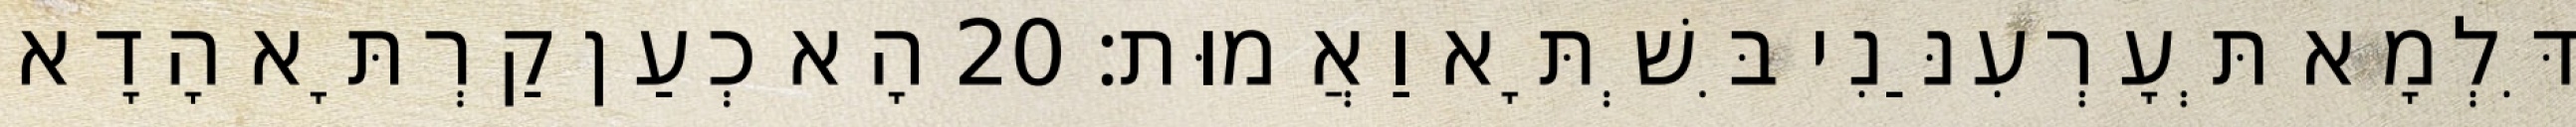
דִּלְמָא תְּעָרְעִנַּנִי בִּשְׁתָּא וַאֲמוּת׃ 20 הָא כְעַן קַרְתָּא הָדָא